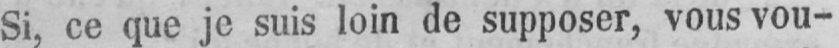
Si, ce que je suis loin de supposer, vous vou-